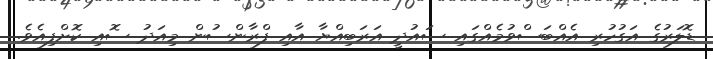
ޑޮލަރުގެ އަގުހުރި އެއްބަސްވުމެއްގައި ސައުދީ އަރަބިއްޔާ އާއި ފްރާންސުން މިއަދު ސޮއި ކޮށްފިއެވެ.